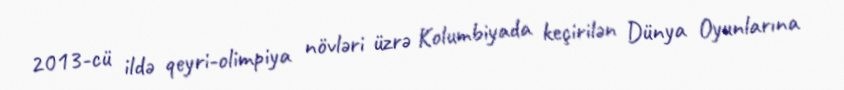
2013-cü ildə qeyri-olimpiya növləri üzrə Kolumbiyada keçirilən Dünya Oyunlarına